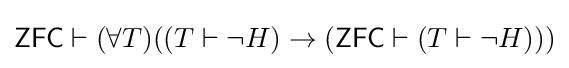
{\mathsf {ZFC}}\vdash (\forall T)((T\vdash \lnot H)\rightarrow ({\mathsf {ZFC}}\vdash (T\vdash \lnot H)))